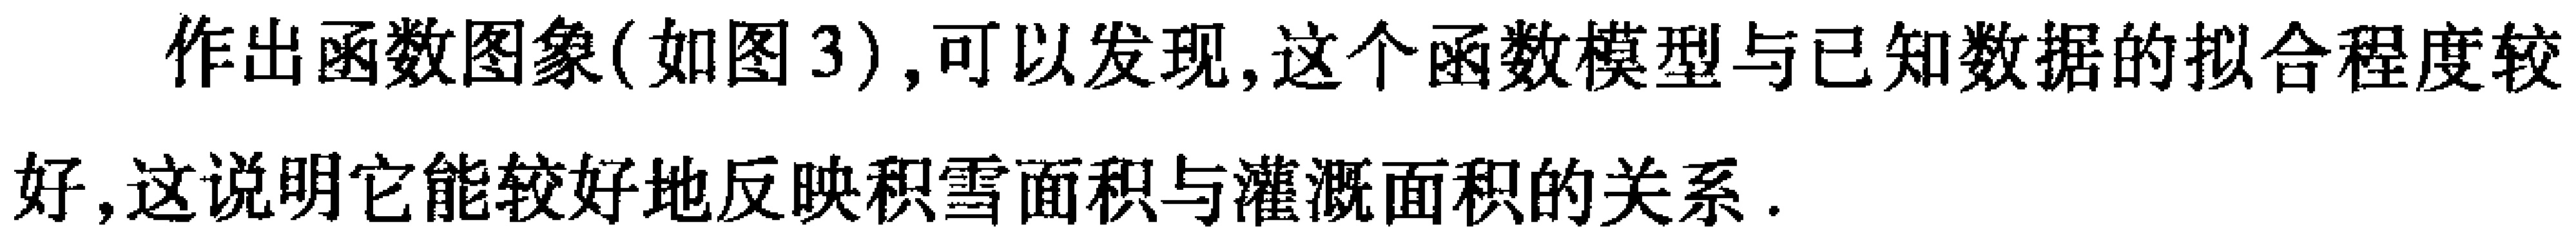
作出函数图象(如图 3),可以发现,这个函数模型与已知数据的拟合程度较
好,这说明它能较好地反映积雪面积与灌溉面积的关系.